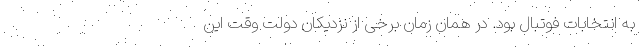
به انتخابات فوتبال بود. در همان زمان برخی از نزدیکان دولت وقت این